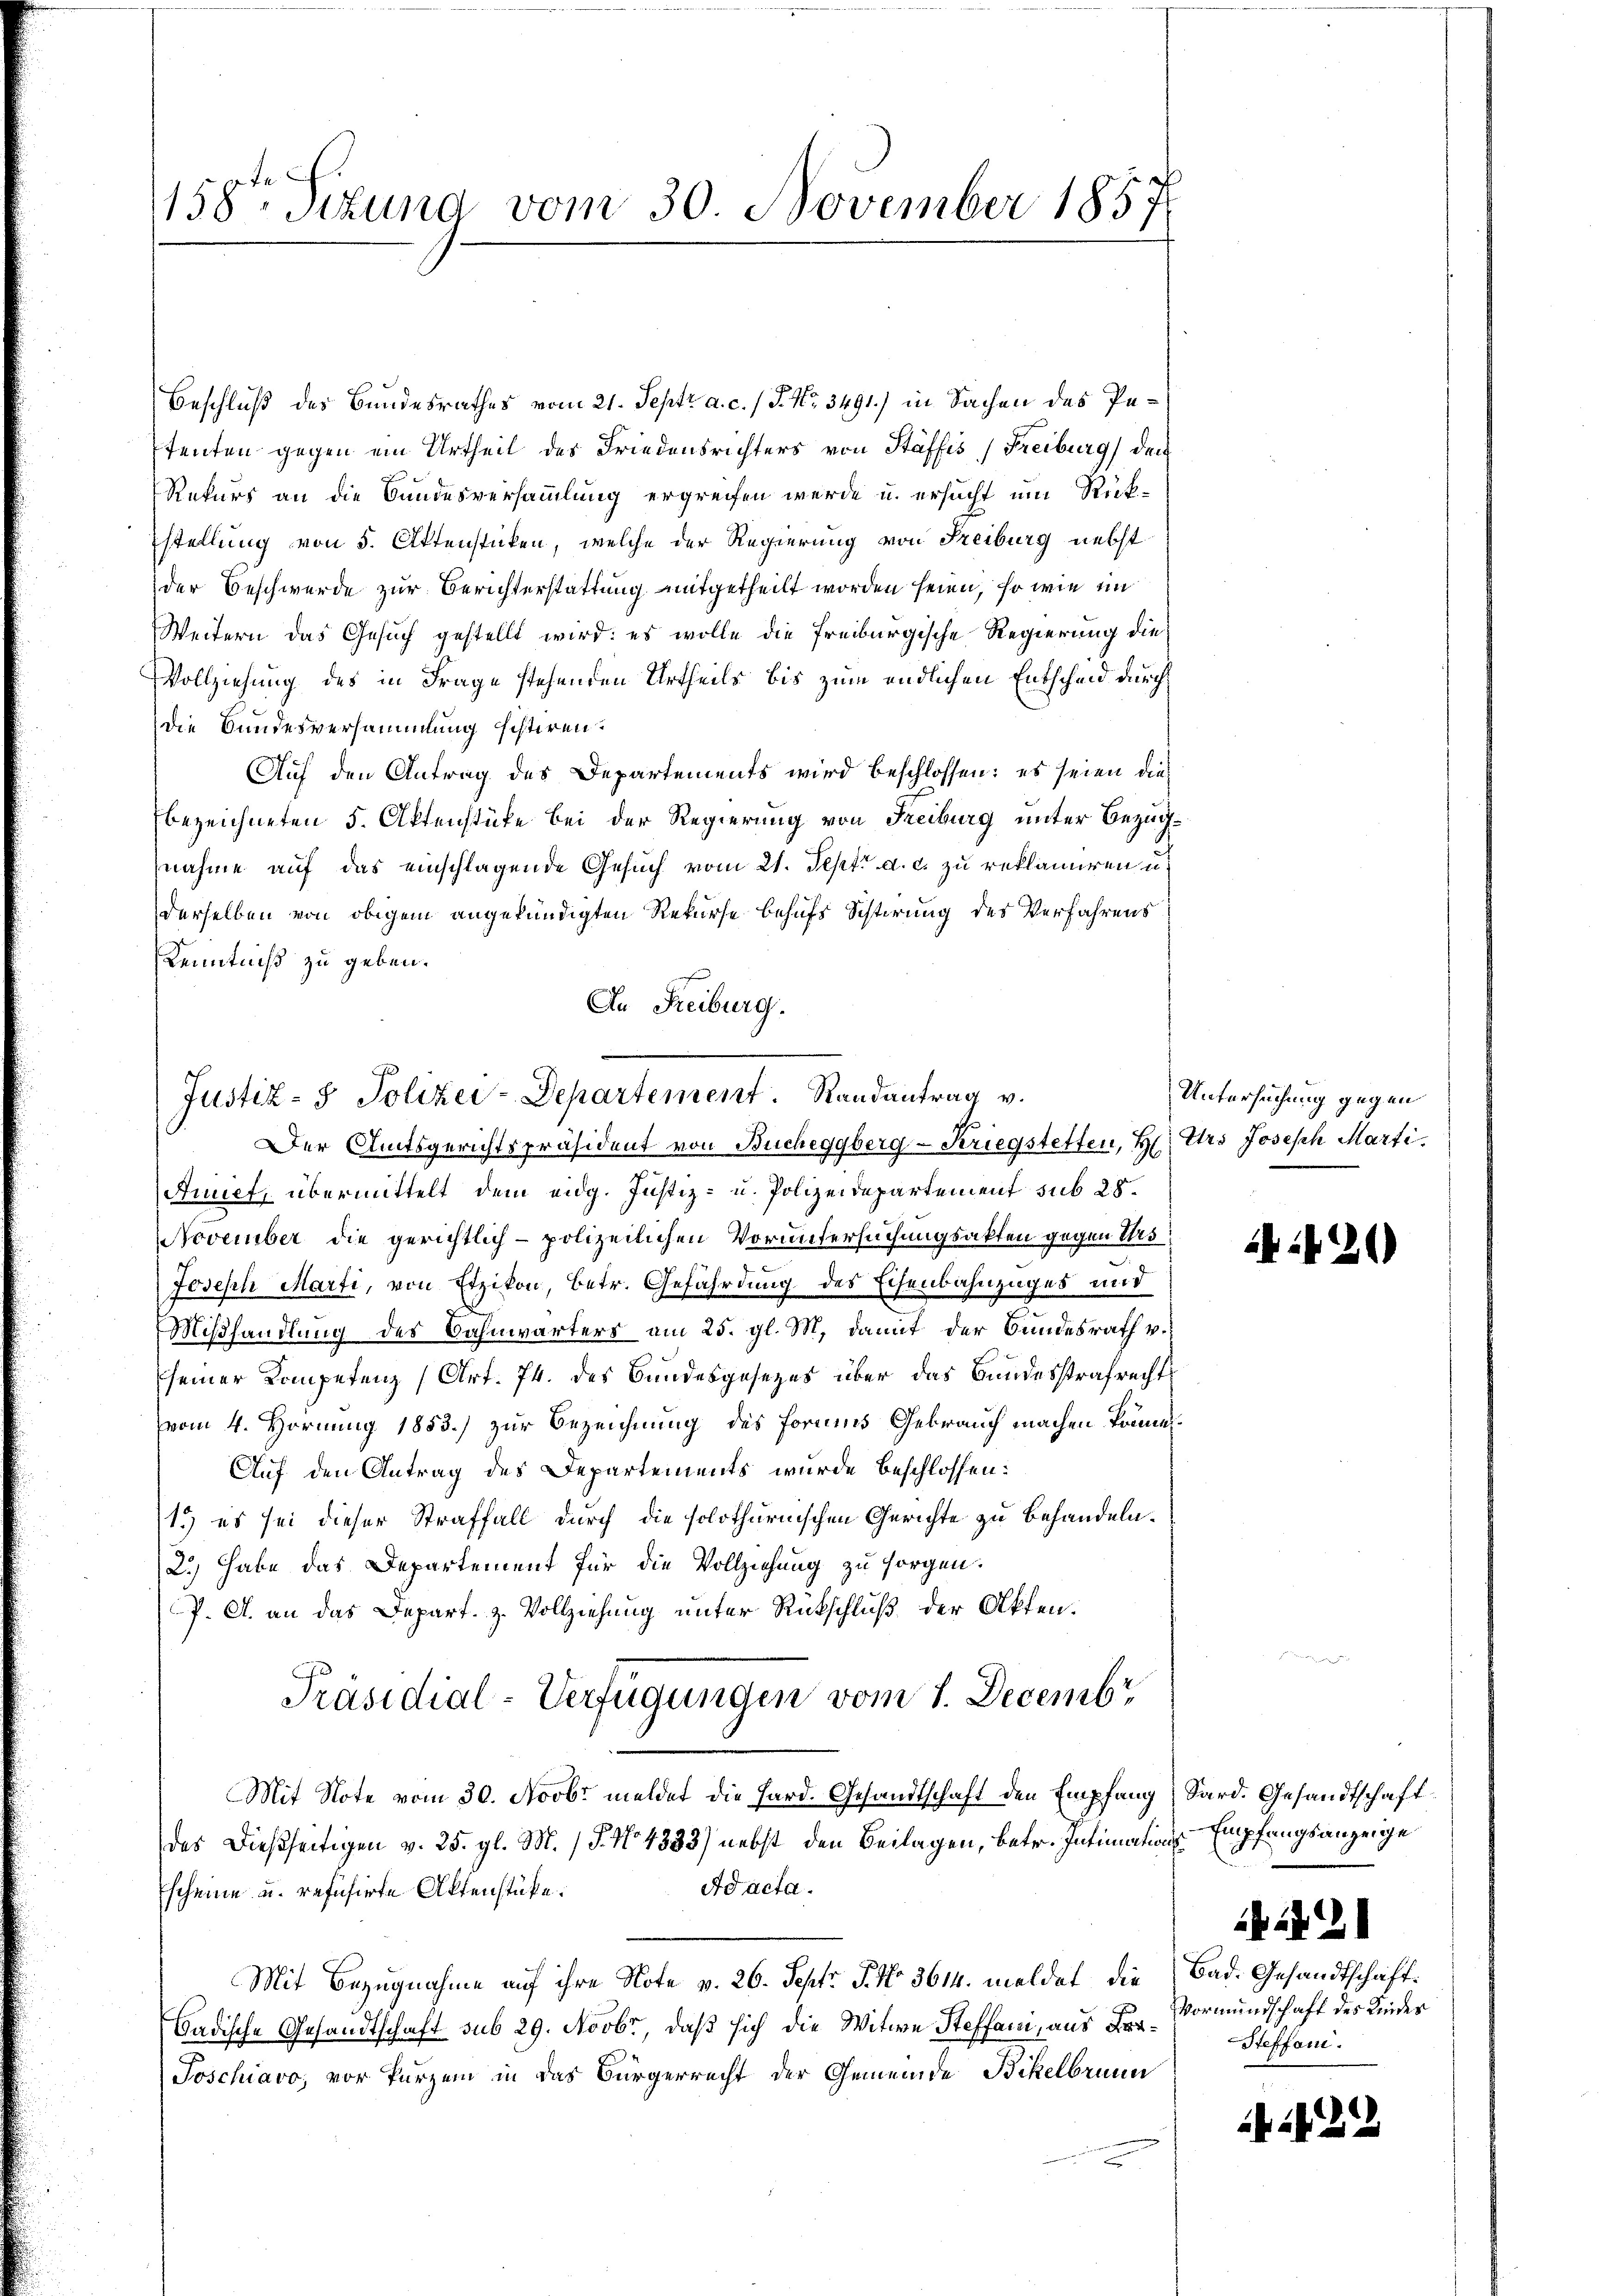
158te Situng vom 30. November 1857

Beschluß des Bundesrathes vom 21. Septr a. c. (T. No. 3491) in Sachen des Pestenten gegen ein Urtheil des Friedensrichters von Stäffis (Freiburg, den
Rekurs an die Bundesversammlung ergreifen werde u. ersucht um Rückstellung von 5. Aktenstücken, welche der Regierung von Freiburg nebst
der Beschwerde zur Berichterstattung mitgetheilt worden seien, so wie im
Weitern das Gesuch gestellt wird: es wolle die Freiburgische Regierung die
Vollziehung des in Frage stehenden Urtheils bis zum endlichen Entscheid durch
Die Bundesversammlung sistiren.
Auf den Antrag des Departements wird beschlossen: es seien diebezeichneten 5. Aktenstüke bei der Regierung von Freiburg unter Bezugnahme auf das einschlagende Gesuch vom 21. Sept. a. c. zu reklamiren u.
derselben von obigem angekündigten Rekurse behufs Scherung des Verfahrens
Kenntniß zu geben.
An Freiburg.
g

Anuet, übermittelt dem eidg. Justiz- u. Polizeidepartement sub 28.
November die gerichtlich-polizeilichen Voruntersuchungsakten gegen Urs
Joseph Marti, von Etzikon, betr. Gefährdung des Eisenbahnzuges und
Mißhandlung des Bahnwärters am 25. gl. M. damit der Bundesrath v.
seiner Kompetenz (Art. 74. des Bandesgesezes über das Bundesstrafrechts
vom 4. Hornung 1853.) zur Bezeichnung des Formes Gebrauch machen könne
Auf den Antrag des Departements wurde beschlossen:
1.) es sei dieser Straffall durch die solothurnischen Gerichte zu behandeln.
2.) Habe das Departement für die Vollziehung zu sorgen.
P. A. an das Depart. z. Vollziehung unter Rückschluß der Akten.
Präsidial-Verfügungen vom 1. Decembr
Mit Note vom 30. Novbr. meldet die Hard. Gesandtschaft den Empfang Sard. Gesandtschaft
das dießseitigen v. 25. gl. M. P. No. 4333) nebst den Beilagen, betr. Intimations¬
Ad acta.
scheine u. refusirte Aktenstücke.
Mit Bezugnahme auf ihre Note v. 26. Sept. J. No. 3614. meldet die Bad. Gesandtschaft¬
Badische Gesandtschaft sub 29. Novbr, daß sich die Witwe Steffani, aus Fra¬
Joschiavo, vor kurzem in das Bürgerrecht der Gemeinde Bickelbrunn

Justiz- & Polizei-Departement. Randantrag v.
1
Der Amtsgerichtspräsident von Bucheggberg-Kriegstetten, H. Ers Joseph Marti

Untersuchung gegen

420

Empfangsanzeige
427. 21
Vormundschaft des Kinder
Steffani.

22